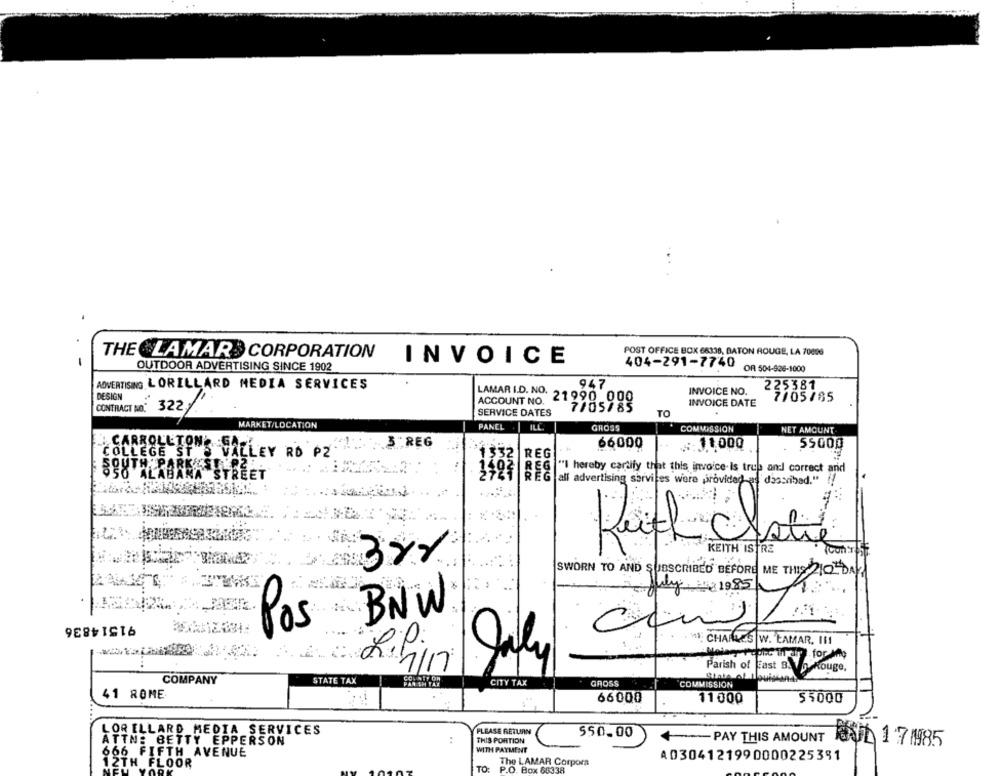
THE LAMAR CORPORATION
POST OFFICE BOX 66336, BATON ROUGE, LA 70696
OUTDOOR ADVERTISING SINCE 1902
INVOICE
404-291-7740
OR 504-926-1000
ADVERTISING LORILLARD MEDIA SERVICES
947
DESIGN
LAMAR I.D. NO.
21990 000
INVOICE NO.
ACCOUNT NO.
INVOICE DATE
7705785
CONTRACT NO.
322
SERVICE DATES
7/05/85
TO
MARKET/LOCATION
PANEL
ILC.
GROSS
COMMISSION
NET AMOUNT
CARROLLTON. GA .!
3."REG
66000
.:: 11,000
55000
COLLEGE ST & VALLEY RD PZ
REG
REG
"I hereby cartify that this invoice-is true and correct and
SOUTH RBANA STREET
REG all advertising services were provided as described." !!
Leich Elolie
KEITH ISTRE
3xx
SWORN TO AND SUBSCRIBED BEFORE ME THIS 210 DAY
July 1985
BNW
91514836
Pos
CHARLES W. LAMAR. 111
R.P.
:
Parish of East B. Vo Rouge,
rouge,
COMPANY
STATE TAX
CITY TAX
GROSS
COMMISSION
41 ROME
.. i
66000
11 000
55000
PLEASE RETURN
LORELLARD MEDIA SERVICES
550.00
PAY THIS AMOUNT
ATTN: BETTY EPPERSON
THIS PORTION
OU 17 1985
666 FIFTH AVENUE
WITH PAYMENT
A0304121990000225391
12TH FLOOR
TO
P.O. Box 65338
The LAMAR Corpora
NEW YORK